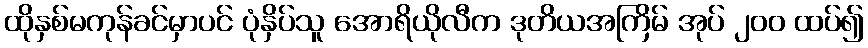
ထိုနှစ်မကုန်ခင်မှာပင် ပုံနှိပ်သူ အောရိယိုလီက ဒုတိယအကြိမ် အုပ် ၂၀၀ ထပ်၍